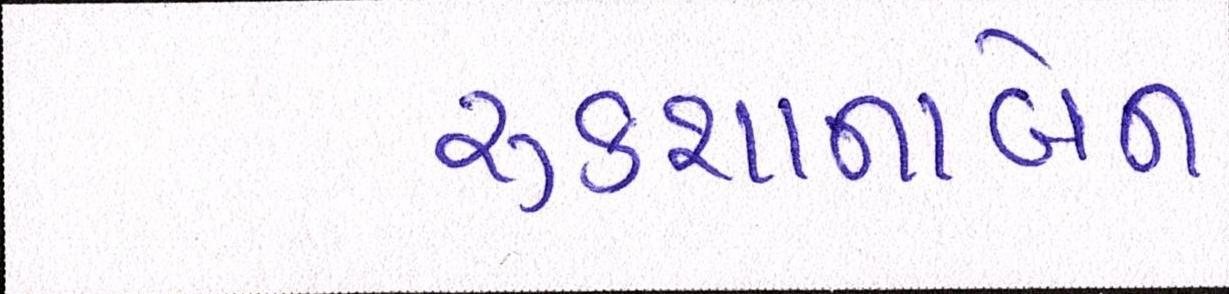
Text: રૂકશાનાબેન